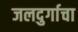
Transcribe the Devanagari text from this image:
जलदुर्गाचा